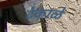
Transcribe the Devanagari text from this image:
टेकाळे